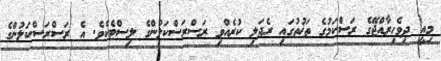
މިއީ ދިވެހިރާއްޖޭގެ ރަސްކަމުގެ ތަޚުތުގައި ރެދަލި ކުރެއްވި ރަސްރަސްކަލުންގެ ލިސްޓެކެވެ. އެ ރަސްރަސްކަލުންގެ